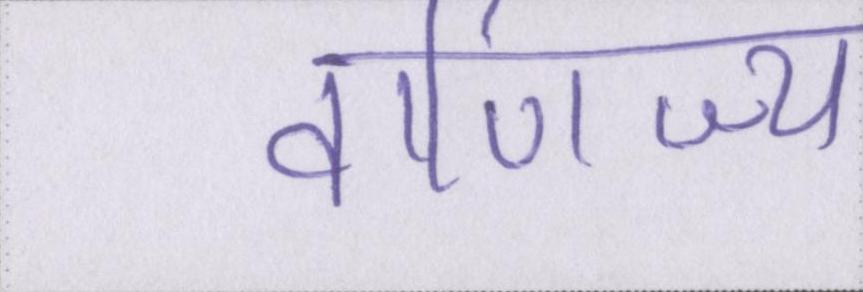
वाणिज्य